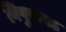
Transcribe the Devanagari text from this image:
विषुरूपऽ